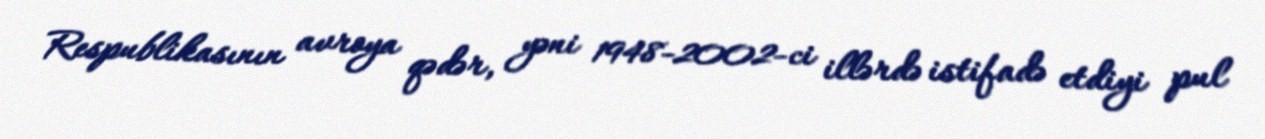
Respublikasının avroya qədər, yəni 1948-2002-ci illərdə istifadə etdiyi pul